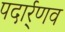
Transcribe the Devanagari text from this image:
पदार्र्णव